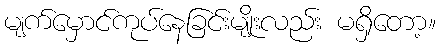
မျက်မှောင်ကုပ်နေခြင်းမျိုးလည်း မရှိတော့။